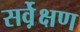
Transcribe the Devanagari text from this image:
सर्वे़क्षण